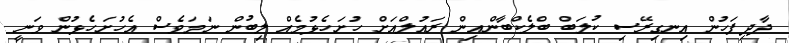
ދާދިފަހުން އިނގިރޭސި ކުލަބް ބްލެކްބާންއިން ރައުލްއަށް ހުށަހެޅުމެއް ލިބުން ނަމަވެސް އެހުށަހެޅުން ވަނީ